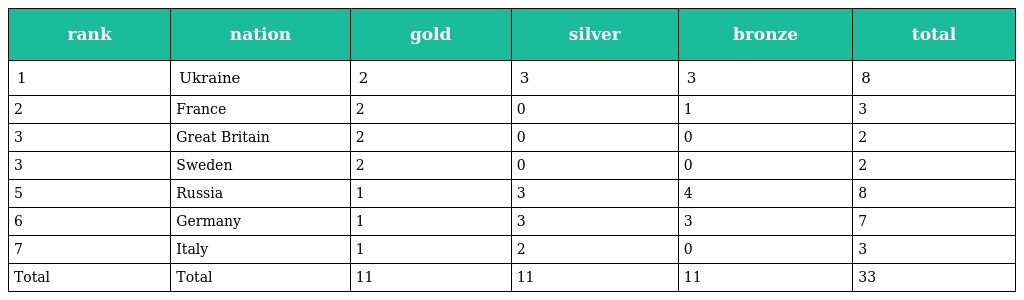
| rank | nation | gold | silver | bronze | total |
 | --- | --- | --- | --- | --- | --- |
 | 1 | Ukraine | 2 | 3 | 3 | 8 |
 | 2 | France | 2 | 0 | 1 | 3 |
 | 3 | Great Britain | 2 | 0 | 0 | 2 |
 | 3 | Sweden | 2 | 0 | 0 | 2 |
 | 5 | Russia | 1 | 3 | 4 | 8 |
 | 6 | Germany | 1 | 3 | 3 | 7 |
 | 7 | Italy | 1 | 2 | 0 | 3 |
 | Total | Total | 11 | 11 | 11 | 33 |